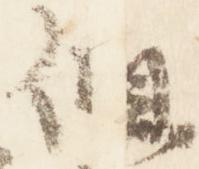
但